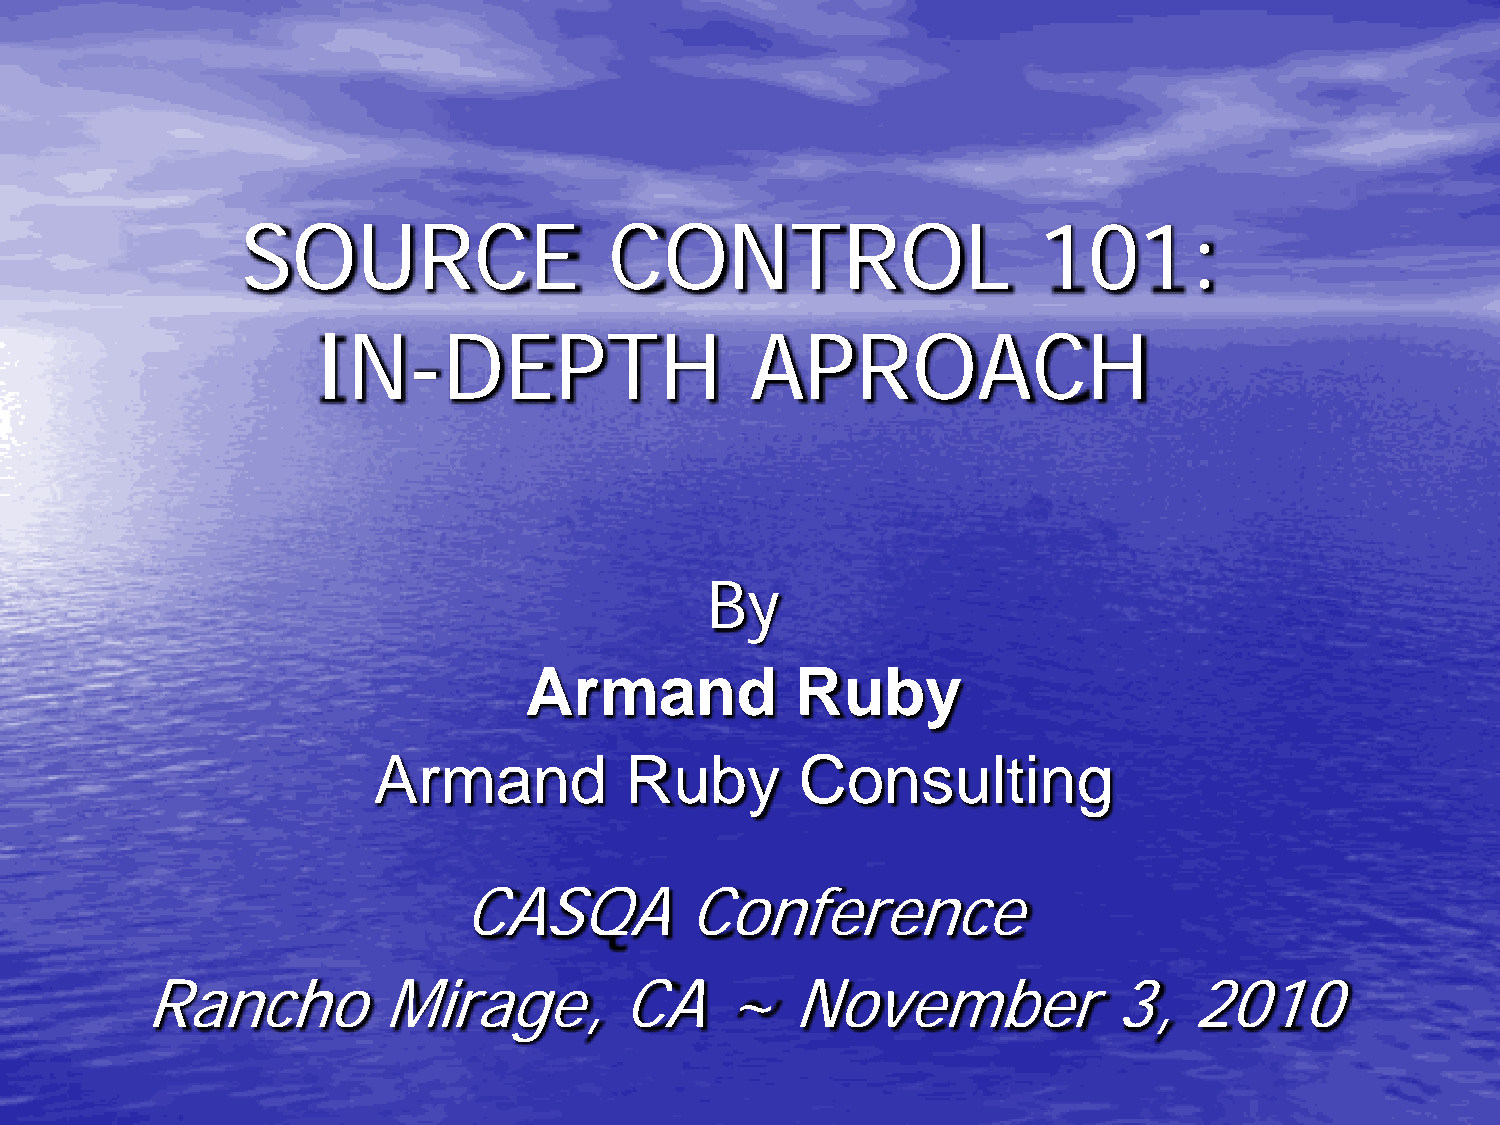
SOURCE                  CONTROL                      101:
 IN-DEPTH                     APROACH
 By
 Armand            Ruby
 Armand          Ruby        Consulting
 CASQA          Conference
 Rancho          Mirage,         CA     ~   November              3,   2010